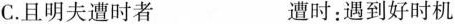
C. 且明表遭时者 遭时：遇到好时机骛。